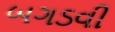
બગડવી